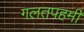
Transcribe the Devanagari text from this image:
गलतपहमी